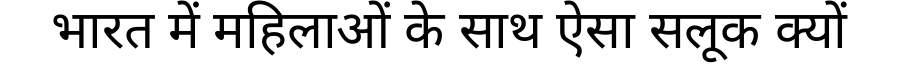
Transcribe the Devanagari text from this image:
भारत में महिलाओं के साथ ऐसा सलूक क्यों